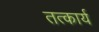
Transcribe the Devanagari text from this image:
तत्कार्य